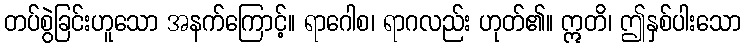
တပ်စွဲခြင်းဟူသော အနက်ကြောင့်။ ရာဂေါစ၊ ရာဂလည်း ဟုတ်၏။ ဣတိ၊ ဤနှစ်ပါးသော